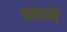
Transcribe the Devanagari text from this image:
तवज्‍जो